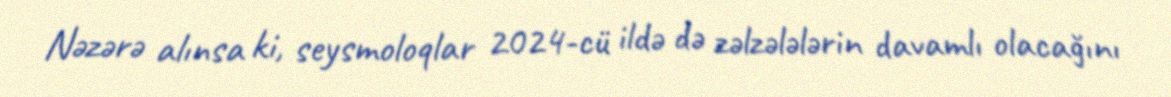
Nəzərə alınsa ki, seysmoloqlar 2024-cü ildə də zəlzələlərin davamlı olacağını